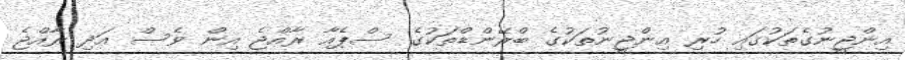
އިންޖީނުގެތަކުގައި ހުރި އިންޖީނުތަކުގެ ބްރޭންޑްތަކުގެ ސްޕެއާ ރާއްޖެ އިން ވެސް އަދި ރާއްޖެ